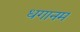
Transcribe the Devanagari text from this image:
धगानम